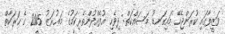
ވަޒީފާގައި ކުރަންޖެހޭ މައިގަނޑު މަސައްކަތް: ދިވެހި އުފެއްދުންތެރިކަމުގެ މަޢުރަޒު 2015 ގެ ހަރަކާތް